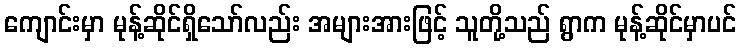
ကျောင်းမှာ မုန့်ဆိုင်ရှိသော်လည်း အများအားဖြင့် သူတို့သည် ရွာက မုန့်ဆိုင်မှာပင်